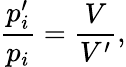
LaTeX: \frac{p_{i}^{\prime}}{p_{i}}=\frac{V}{V^{\prime}},